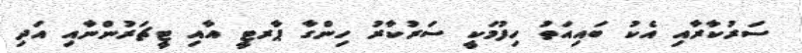
ސަރުކާރާއި އެކު ބައިއަތު ހިފުމަކީ ސަރުކާރު ހިންގާ ޕާރޓީ އާއި ޓީޗަރުންނާއި އަދި